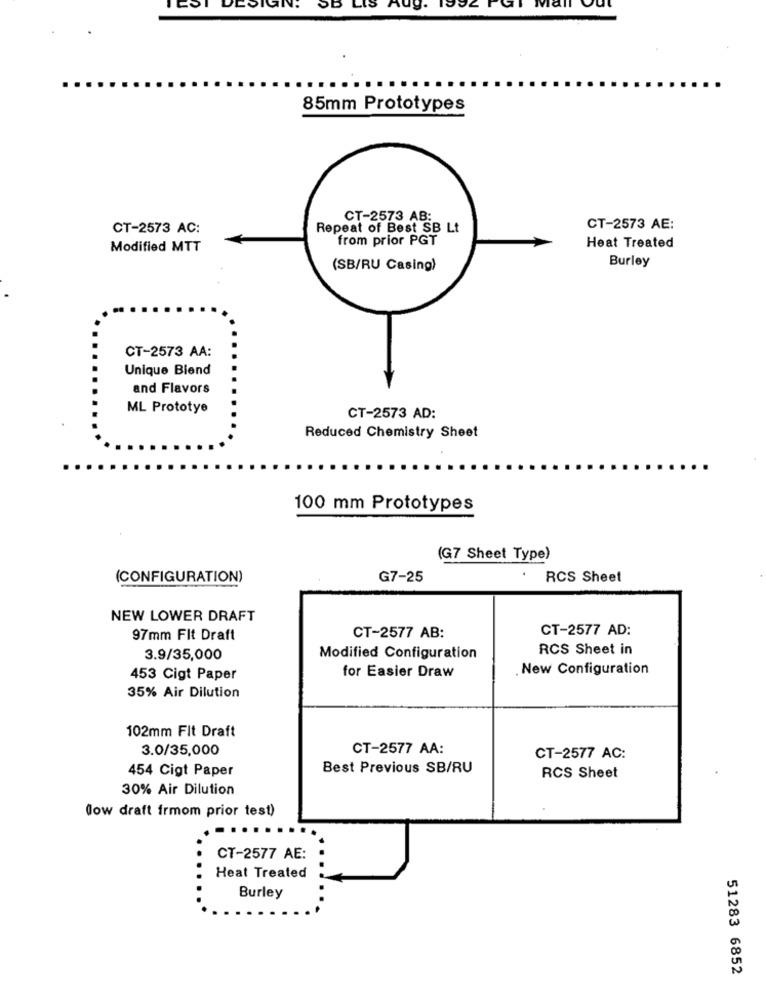
Mall
85mm Prototypes
CT-2573 AB:
CT-2573 AC:
Repeat of Best SB Lt
CT-2573 AE:
from prior PGT
Modified MTT
Heat Treated
Burley
(SB/RU Casing)
CT-2573 AA:
Unique Blend
and Flavors
ML Prototye
CT-2573 AD:
Reduced Chemistry Sheet
100 mm Prototypes
(G7 Sheet Type)
(CONFIGURATION)
G7-25
.
RCS Sheet
NEW LOWER DRAFT
CT-2577 AD:
97mm Flt Draft
CT-2577 AB:
RCS Sheet in
3.9/35,000
Modified Configuration
New Configuration
453 Cigt Paper
for Easier Draw
35% Air Dilution
102mm Flt Draft
3.0/35,000
CT-2577 AA:
CT-2577 AC:
454 Cigt Paper
Best Previous SB/RU
RCS Sheet
30% Air Dilution
"low draft frmom prior test)
CT-2577 AE:
Heat Treated
Burley
51283 6852